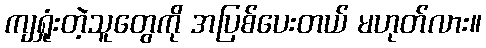
ကျရှုံးတဲ့သူတွေကို အပြစ်ပေးတယ် မဟုတ်လား။